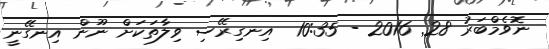
ނޮވެމްބަރު 28